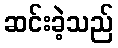
ဆင်းခဲ့သည်